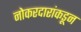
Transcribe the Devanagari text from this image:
नोकरदारांकडून